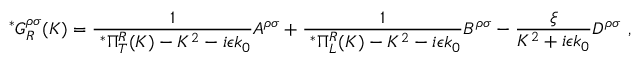
\ ^ { * } G _ { R } ^ { \rho \sigma } ( K ) = \frac { 1 } { \ ^ { * } \Pi _ { T } ^ { R } ( K ) - K ^ { 2 } - i \epsilon k _ { 0 } } A ^ { \rho \sigma } + \frac { 1 } { \ ^ { * } \Pi _ { L } ^ { R } ( K ) - K ^ { 2 } - i \epsilon k _ { 0 } } B ^ { \rho \sigma } - \frac { \xi } { K ^ { 2 } + i \epsilon k _ { 0 } } D ^ { \rho \sigma } \ ,